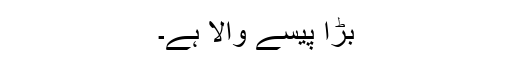
بڑا پیسے والا ہے۔